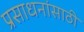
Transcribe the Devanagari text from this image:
प्रसाधनांसाठी